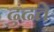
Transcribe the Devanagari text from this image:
ढुंढते